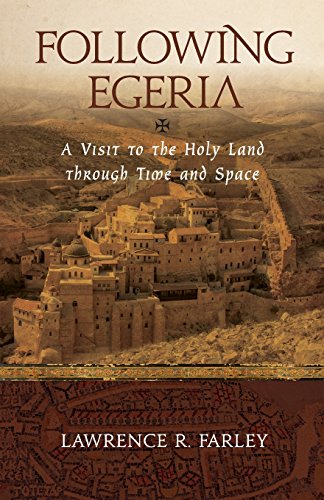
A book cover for Following Egeria: A Modern Pilgrim in the Holy Land; Lawrence R Farley; Travel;